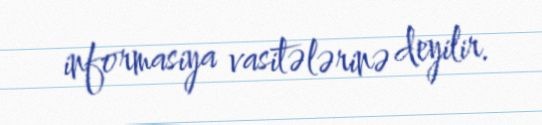
informasiya vasitələrinə deyilir.